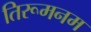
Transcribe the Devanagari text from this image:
तिरूमनम